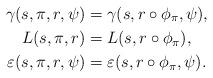
LaTeX: \begin{align*} \gamma(s,\pi,r,\psi) &= \gamma(s,r \circ \phi_\pi,\psi), \\ L(s,\pi,r) &= L(s,r \circ \phi_\pi), \\ \varepsilon(s,\pi,r,\psi) &= \varepsilon(s,r \circ \phi_\pi,\psi).\end{align*}